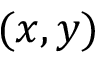
( x , y )